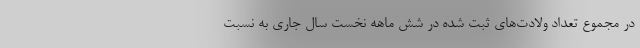
در مجموع تعداد ولادت‌های ثبت شده در شش ماهه نخست سال جاری به نسبت